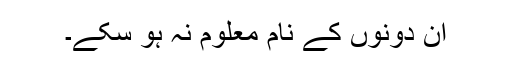
اُن دونوں کے نام معلوم نہ ہو سکے۔